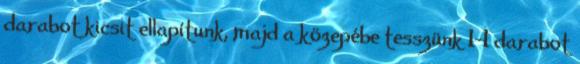
darabot kicsit ellapítunk, majd a közepébe tesszünk 1-1 darabot